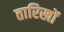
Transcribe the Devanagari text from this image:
तारिखों